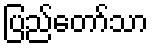
ပြည်တော်သာ